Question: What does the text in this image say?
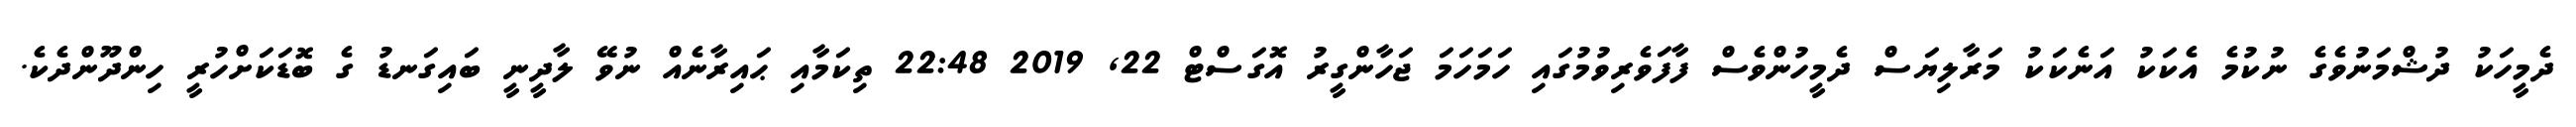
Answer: ދެމީހަކު ދުޝްމަނުވެގެ ނުކުމެ އެކަކު އަނެކަކު މަރާލިޔަސް ދެމީހުންވެސް ފާފަވެރިވުމުގައި ހަމަހަމަ ޖަހާންގީރު އޮގަސްޓް 22, 2019 22:48 ތިކަމާއި ޙައިރާނެއް ނުވޭ ލާދީނީ ބައިގަނޑު ގެ ބޮޑަކަށްހުރީ ހިންދޫންދެކެ.